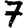
Digit: 7